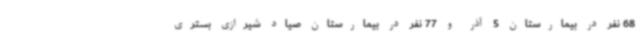
68 نفر در بیمارستان 5 آذر و 77 نفر در بیمارستان صیاد شیرازی بستری